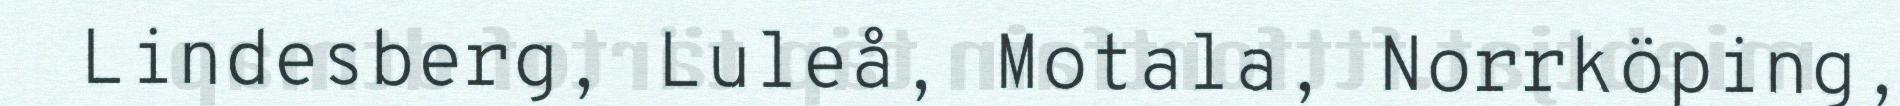
Lindesberg, Luleå, Motala, Norrköping,